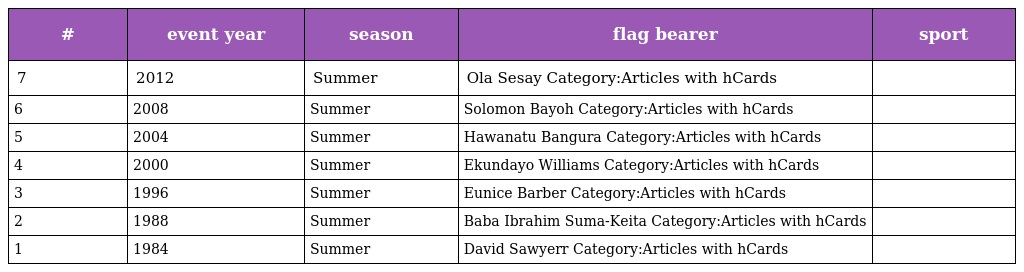
| # | event year | season | flag bearer | sport |
 | --- | --- | --- | --- | --- |
 | 7 | 2012 | Summer | Ola Sesay Category:Articles with hCards |  |
 | 6 | 2008 | Summer | Solomon Bayoh Category:Articles with hCards |  |
 | 5 | 2004 | Summer | Hawanatu Bangura Category:Articles with hCards |  |
 | 4 | 2000 | Summer | Ekundayo Williams Category:Articles with hCards |  |
 | 3 | 1996 | Summer | Eunice Barber Category:Articles with hCards |  |
 | 2 | 1988 | Summer | Baba Ibrahim Suma-Keita Category:Articles with hCards |  |
 | 1 | 1984 | Summer | David Sawyerr Category:Articles with hCards |  |